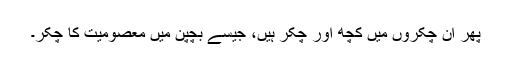
پھر ان چکّروں میں کچھ اور چکّر ہیں، جیسے بچپن میں معصومیت کا چکّر۔